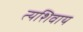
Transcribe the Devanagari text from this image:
त्यशिवाय